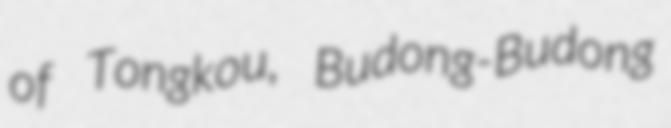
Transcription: of Tongkou, Budong-Budong